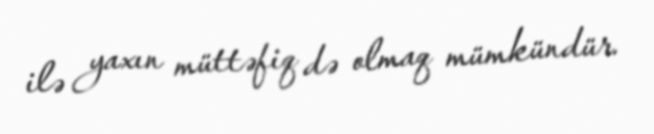
ilə yaxın müttəfiq də olmaq mümkündür.